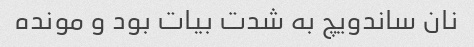
نان ساندویچ به شدت بیات بود و مونده